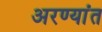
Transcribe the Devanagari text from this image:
अरण्यांत